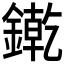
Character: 𨫬